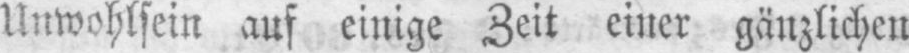
Unwohlsein auf einige Zeit einer gänzlichen